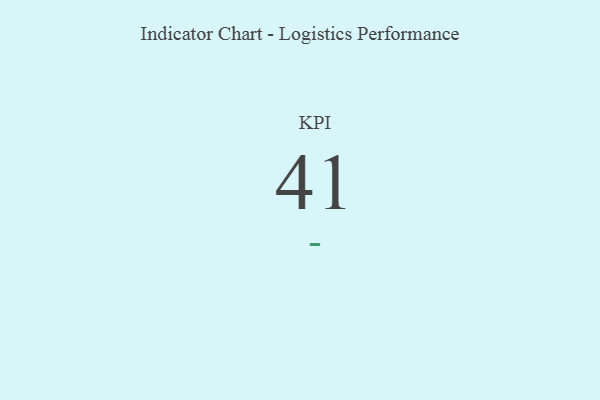
{"axis": {"x": "KPI", "y": "Value"}, "legend": [""], "data": [{"x": "KPI", "y": 41, "type": ""}]}